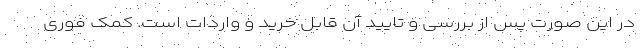
در این صورت پس از بررسی و تایید آن قابل خرید و واردات است. کمک فوری